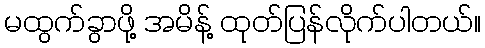
မထွက်ခွာဖို့ အမိန့် ထုတ်ပြန်လိုက်ပါတယ်။